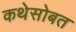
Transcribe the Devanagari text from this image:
कथेसोबत